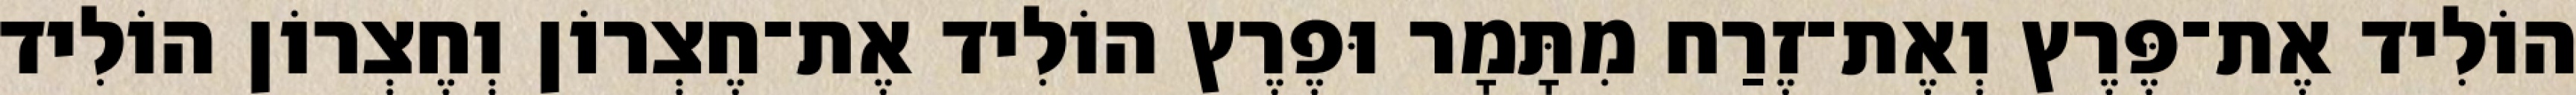
הוֹלִיד אֶת־פֶּרֶץ וְאֶת־זֶרַח מִתָּמָר וּפֶרֶץ הוֹלִיד אֶת־חֶצְרוֹן וְחֶצְרוֹן הוֹלִיד